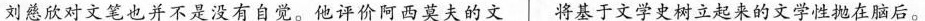
刘慈欣对文笔也并不是没有自觉。他评价阿西莫夫的文 将基于文学史树立起来的文学性抛在脑后。